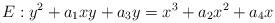
LaTeX: \begin{align*}E:y^{2}+a_{1}xy+a_{3}y=x^{3}+a_{2}x^{2}+a_{4}x \end{align*}